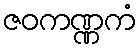
ဇဝကဏ္ဏကံ